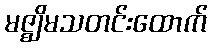
မဇ္ဈိမသတင်းထောက်